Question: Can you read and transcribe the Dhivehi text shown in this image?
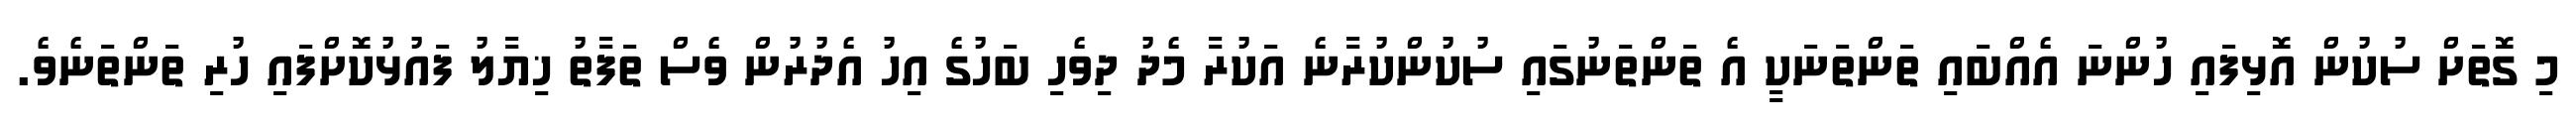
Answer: މި ގޮތަށް ސުކުން އޮޅިފައި ހުންނަ އެއްބައި ތަންތަނަކީ އެ ތަންތަނުގައި ސުކުންކުރާނެ އަކުރާ މެދު ދިވެހި ބަހުގެ އިހު އެދުރުން ވެސް ތަފާތު ޚިޔާލު ފައުޅުކޮށްފައި ހުރި ތަންތަނެވެ.